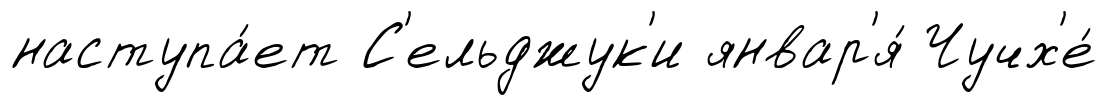
наступа́ет С'ельджук'и январ'я́ Чучх'е́